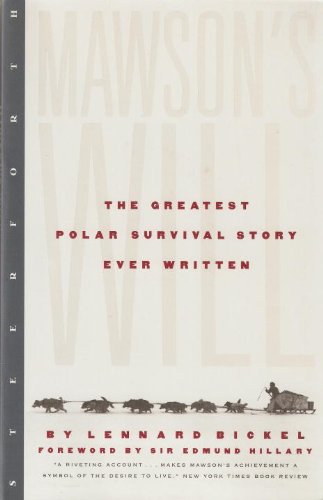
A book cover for Mawson's Will: The Greatest Polar Survival Story Ever Written; Lennard Bickel; History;